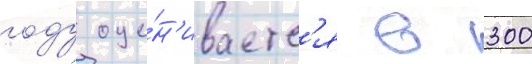
году оце́н'иваетс'я в 300